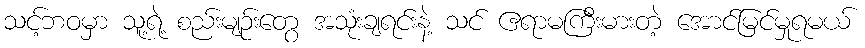
သင့်ဘဝမှာ သူ့ရဲ့ စည်းမျဉ်းတွေ အသုံးချရင်းနဲ့ သင် ဧရာမကြီးမားတဲ့ အောင်မြင်မှုရမယ်